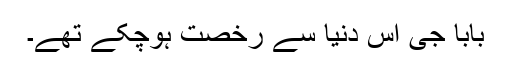
بابا جی اس دنیا سے رخصت ہوچکے تھے۔